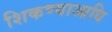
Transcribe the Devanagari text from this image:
शिकण्याआधि